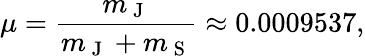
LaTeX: \mu=\frac{m_{\mathrm{~J~}}}{m_{\mathrm{~J~}}+m_{\mathrm{~S~}}}\approx 0.0009537,